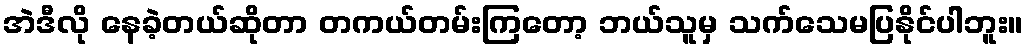
အဲဒီလို နေခဲ့တယ်ဆိုတာ တကယ်တမ်းကြတော့ ဘယ်သူမှ သက်သေမပြနိုင်ပါဘူး။